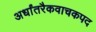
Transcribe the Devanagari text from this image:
अर्धांतरैकवाचकपद